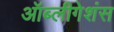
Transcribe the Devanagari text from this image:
ऑब्लीगेशंस